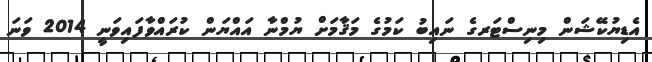
އެޑިޔުކޭޝަން މިިނިސްޓަރގެ ނައިބު ކަމުގެ މަޤާމަށް ޔުމްނާ އައްޔަން ކުރައްވާފައިވަނީ 2014 ވަނަ